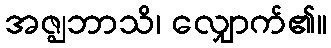
အဇ္ဈဘာသိ၊ လျှောက်၏။